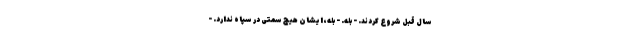
سال قبل شروع کردند. - بله. - بله، ایشان هیچ سمتی در سپاه ندارد. -